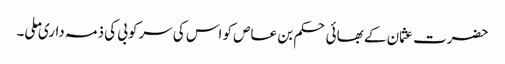
حضرت عثمان کے بھائی حکم بن عاص کو اس کی سرکوبی کی ذمہ داری ملی۔